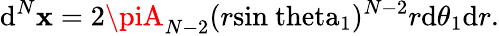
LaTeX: \mathrm{d}^{N}\mathbf{{x}}=2\piA_{N-2}(r\mathrm{{sin\ theta_{1}}})^{N-2}r\mathrm{d}\theta_{1}\mathrm{d}r.